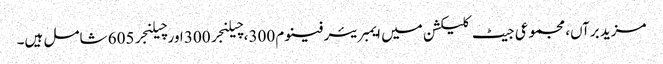
مزید برآں، مجموعی جیٹ کلیکشن میں ایمبریئر فینوم 300، چیلنجر 300 اور چیلنجر 605 شامل ہیں۔